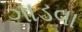
ગાડવા